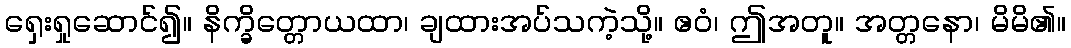
ရှေးရှုဆောင်၍။ နိက္ခိတ္တောယထာ၊ ချထားအပ်သကဲ့သို့။ ဧဝံ၊ ဤအတူ။ အတ္တနော၊ မိမိ၏။